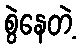
စွဲနေတဲ့